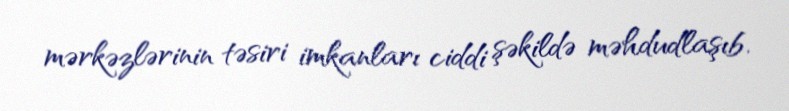
mərkəzlərinin təsiri imkanları ciddi şəkildə məhdudlaşıb.